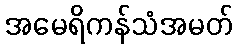
အမေရိကန်သံအမတ်